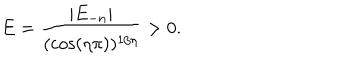
LaTeX: E = \frac { | E _ { - n } | } { ( \cos ( \eta \pi ) ) ^ { 1 / \eta } } > 0 .